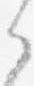
之